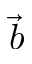
\vec { b }